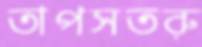
তাপসতরু